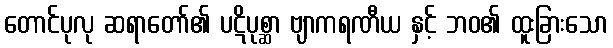
တောင်ပုလု ဆရာတော်၏ ပဋိပုစ္ဆာ ဗျာကရဏီယ နှင့် ဘဝ၏ ထူးခြားသော